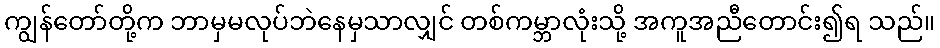
ကျွန်တော်တို့က ဘာမှမလုပ်ဘဲနေမှသာလျှင် တစ်ကမ္ဘာလုံးသို့ အကူအညီတောင်း၍ရ သည်။